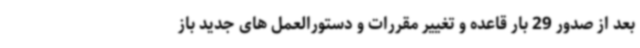
بعد از صدور 29 بار قاعده و تغییر مقررات و دستورالعمل های جدید باز